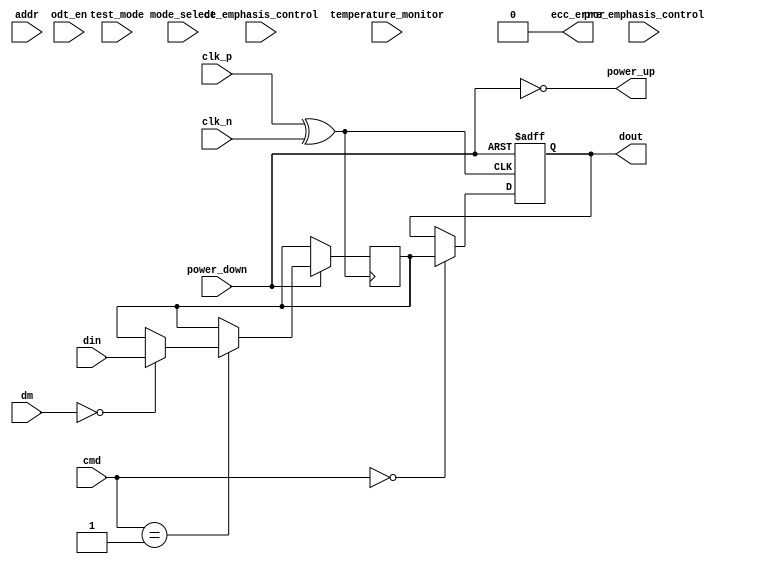
module LPDDR5_IO_Block #(
    parameter DATA_WIDTH = 32, // Configurable data width (16 or 32)
    parameter ADDR_WIDTH = 15   // Address width
)(
    // Data Interface
    input  wire [DATA_WIDTH-1:0] din,        // Data input
    output wire [DATA_WIDTH-1:0] dout,       // Data output
    input  wire [DATA_WIDTH-1:0] dm,          // Data mask
    // Clock Interface
    input  wire clk_p,                         // Positive clock
    input  wire clk_n,                         // Negative clock
    // Command Interface
    input  wire [1:0] cmd,                    // Command input (00: Read, 01: Write, 10: Refresh)
    input  wire [ADDR_WIDTH-1:0] addr,        // Address input
    // Termination
    input  wire odt_en,                        // On-die termination enable
    input  wire mode_select,                   // Mode selection (for adjustable termination)
    // Power Management
    input  wire power_down,                    // Power down control signal
    output wire power_up,                      // Power up indication
    // Test Features
    input  wire test_mode,                     // Test mode enable
    // Signal Integrity Enhancements
    input  wire pre_emphasis_control,          // Pre-emphasis control
    input  wire de_emphasis_control,           // De-emphasis control
    // Error Correction
    output wire ecc_error,                     // Error corrected signal
    // Temperature Compensation
    input  wire temperature_monitor             // Temperature monitoring input
);

// Internal Signals
reg [DATA_WIDTH-1:0] data_reg;
reg [DATA_WIDTH-1:0] data_out_reg;
wire odt_active;
wire clk_out;

// On-Die Termination Logic
assign odt_active = odt_en && (cmd == 2'b01); // Active during write

// Clock Generation Logic
assign clk_out = (clk_p ^ clk_n); // Simple differential clock generation

// Data Read/Write Logic
always @ (posedge clk_out or negedge power_down) begin
    if (!power_down) begin
        // Power down state
        dout <= 0;
    end else begin
        case (cmd)
            2'b00: begin // Read
                dout <= data_reg; // Output the registered data
            end
            2'b01: begin // Write
                if (!dm) begin // If data mask is not active
                    data_reg <= din; // Register input data
                end
            end
            2'b10: begin // Refresh
                // Implement refresh logic here
            end
        endcase
    end
end

// Error Correction Logic (example placeholder)
assign ecc_error = 0; // Placeholder for ECC logic

// Power Management Logic
assign power_up = !power_down; // Indicate powered up state

endmodule